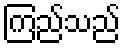
ကြည်သည်